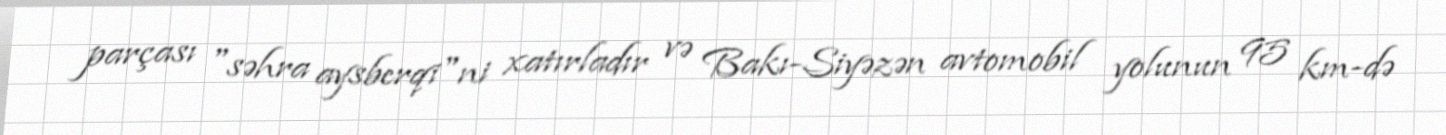
parçası "səhra aysberqi"ni xatırladır və Bakı-Siyəzən avtomobil yolunun 95 km-də